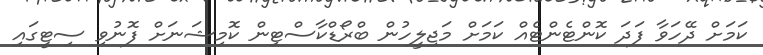
ކަމަށް ދޭހަވާ ފަދަ ކޮންޓެންޓެއް ކަމަށް މަޖިލީހުން ބްރޯޑްކާސްޓިން ކޮމިޝަނަށް ފޮނުވި ސިޓީގައި